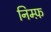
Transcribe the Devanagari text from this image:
निम्फ़